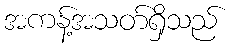
အကန့်အသတ်ရှိသည်